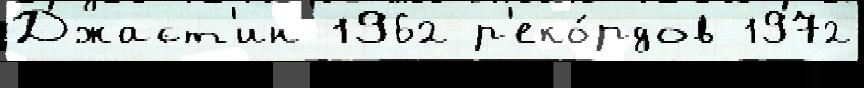
Джаст'ин 1962 р'еко́рдов 1972